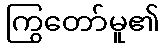
ကြွတော်မူ၏